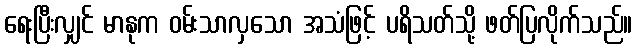
ရေးပြီးလျှင် မာနုက ဝမ်းသာလှသော အသံဖြင့် ပရိသတ်သို့ ဖတ်ပြလိုက်သည်။